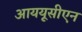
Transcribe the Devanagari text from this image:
आययूसीएन